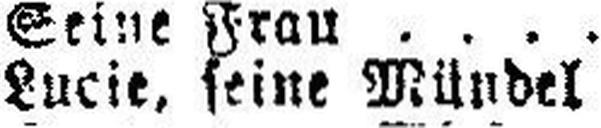
Lucie, seine Mündel